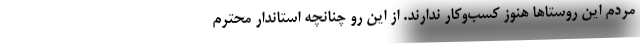
مردم این روستاها هنوز کسب‌وکار ندارند. از این رو چنانچه استاندار محترم